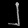
Digit: ၂